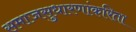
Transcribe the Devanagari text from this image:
समाजसुधारणांकरिता